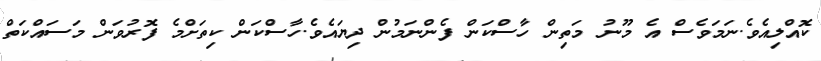
ކޮއްލިއެވެ.ނަމަވެސް އެ މޫނު މަތިން ހާސްކަން ފެންނަމުން ދިޔައެވެ.ހާސްކަން ކިތަށްމެ ފޮރުވަން މަސައްކަތް